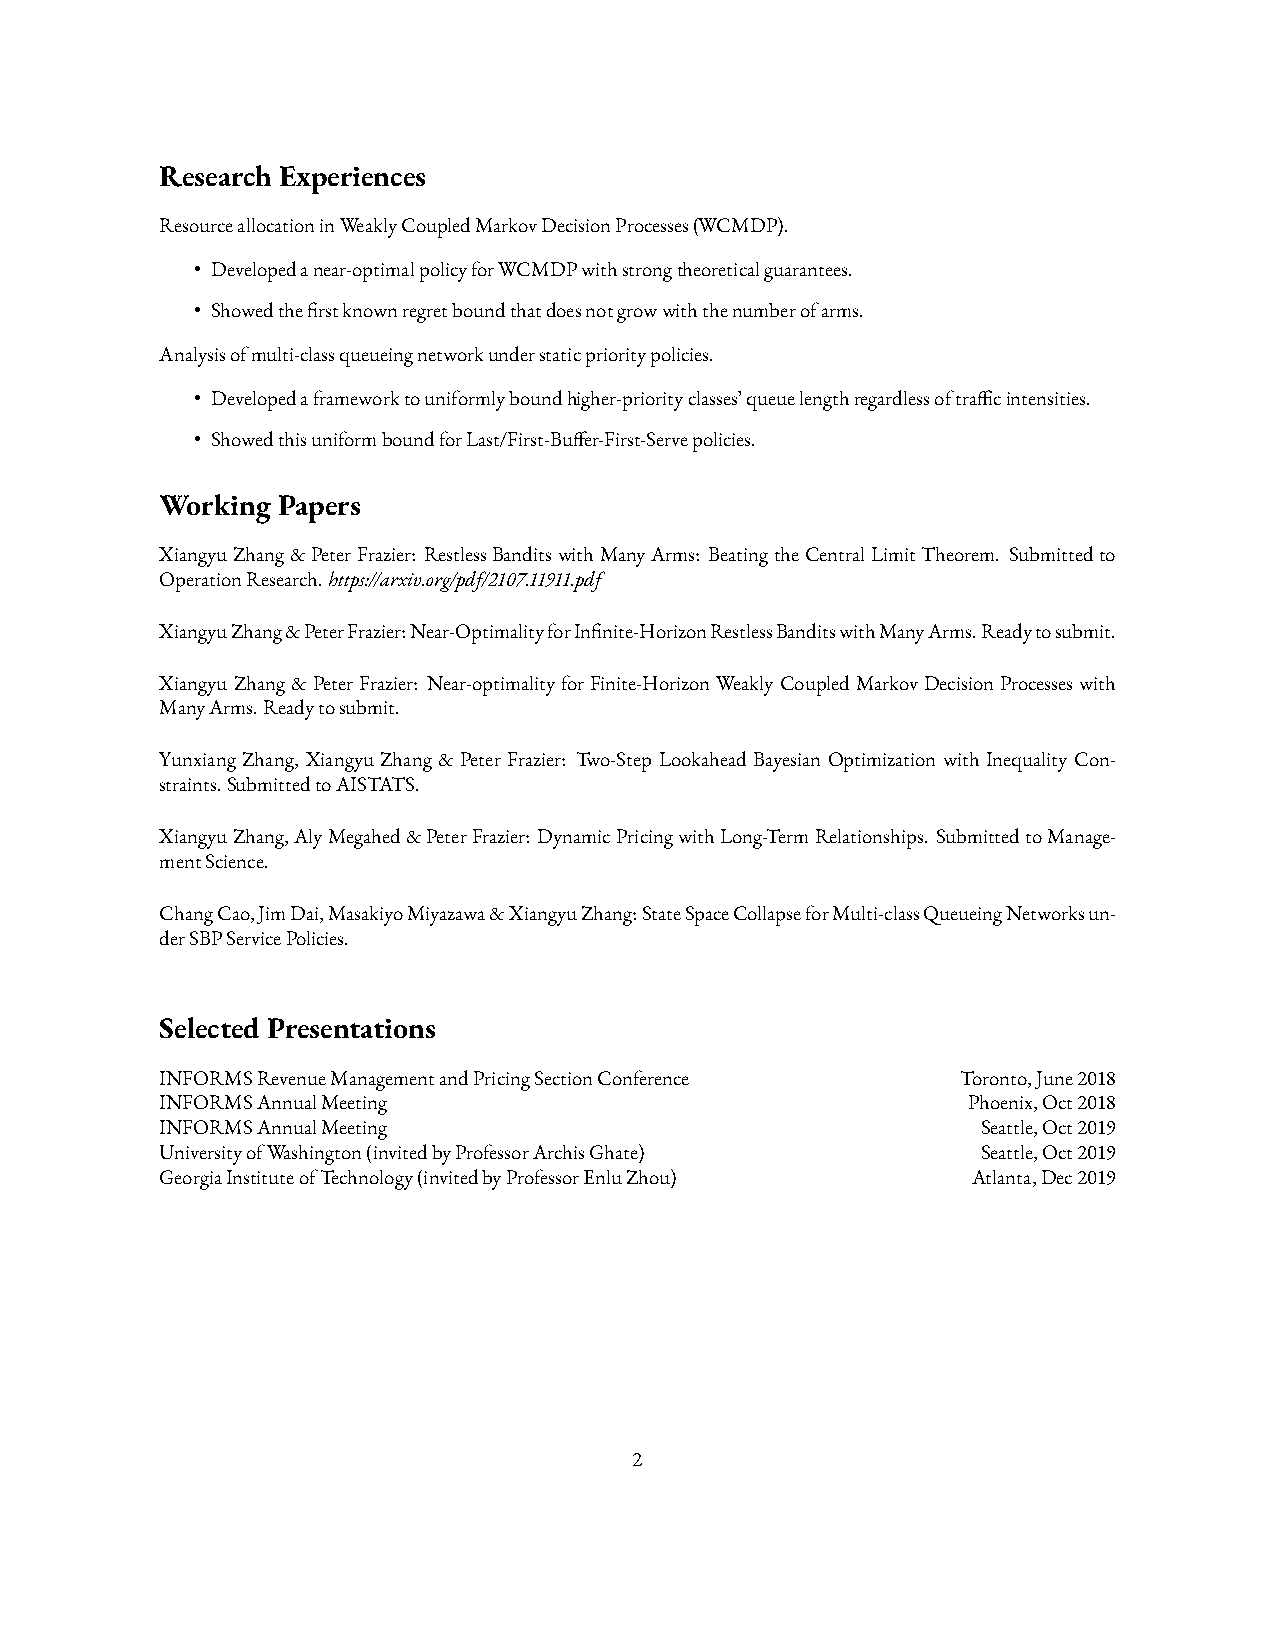
Research Experiences
 Resource allocation in Weakly Coupled Markov Decision Processes (WCMDP).
 • Developed a near-optimal policy for WCMDP with strong theoretical guarantees.
 • Showed the ÿrst known regret bound that does not grow with the number of arms.
 Analysis of multi-class queueing network under static priority policies.
 • Developed a framework to uniformly bound higher-priority classes’ queue length regardless of tra…c intensities.
 • Showed this uniform bound for Last/First-Bu•er-First-Serve policies.
 Working Papers
 Xiangyu Zhang & Peter Frazier: Restless Bandits with Many Arms: Beating the Central Limit Theorem. Submitted to
 Operation Research. https://arxiv.org/pdf/2107.11911.pdf
 Xiangyu Zhang & Peter Frazier: Near-Optimality for Inÿnite-Horizon Restless Bandits with Many Arms. Ready to submit.
 Xiangyu Zhang & Peter Frazier: Near-optimality for Finite-Horizon Weakly Coupled Markov Decision Processes with
 Many Arms. Ready to submit.
 Yunxiang Zhang, Xiangyu Zhang & Peter Frazier: Two-Step Lookahead Bayesian Optimization with Inequality Con-
 straints. Submitted to AISTATS.
 Xiangyu Zhang, Aly Megahed & Peter Frazier: Dynamic Pricing with Long-Term Relationships. Submitted to Manage-
 ment Science.
 Chang Cao, Jim Dai, Masakiyo Miyazawa & Xiangyu Zhang: State Space Collapse for Multi-class Queueing Networks un-
 der SBP Service Policies.
 Selected Presentations
 INFORMS Revenue Management and Pricing Section Conference Toronto, June 2018
 INFORMS Annual Meeting                               Phoenix, Oct 2018
 INFORMS Annual Meeting                                Seattle, Oct 2019
 University of Washington (invited by Professor Archis Ghate) Seattle, Oct 2019
 Georgia Institute of Technology (invited by Professor Enlu Zhou) Atlanta, Dec 2019
 2